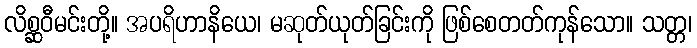
လိစ္ဆဝီမင်းတို့။ အပရိဟာနိယေ၊ မဆုတ်ယုတ်ခြင်းကို ဖြစ်စေတတ်ကုန်သော။ သတ္တ၊